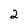
Character: 2